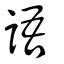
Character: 語